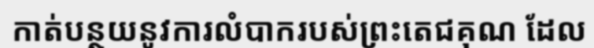
កាត់បន្ថយនូវការលំបាករបស់ព្រះតេជគុណ ដែល